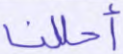
أحللنا